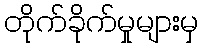
တိုက်ခိုက်မှုများမှ